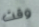
وقت